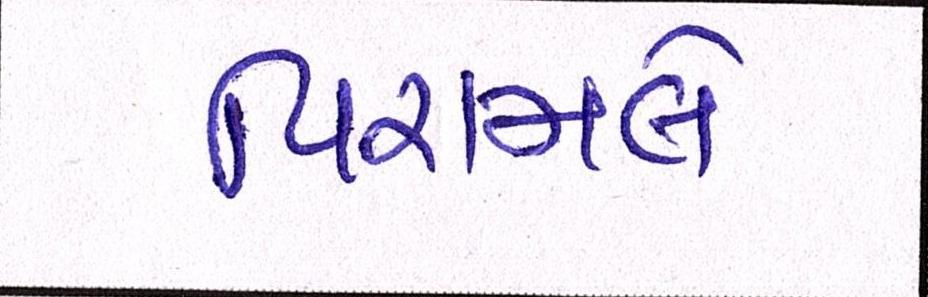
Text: પિરામલે